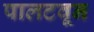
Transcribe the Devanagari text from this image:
पालटवून